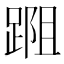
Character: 𨂀